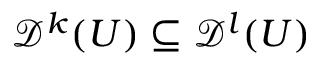
{ \mathcal { D } } ^ { k } ( U ) \subseteq { \mathcal { D } } ^ { l } ( U )